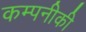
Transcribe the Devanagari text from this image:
कम्पनीकी